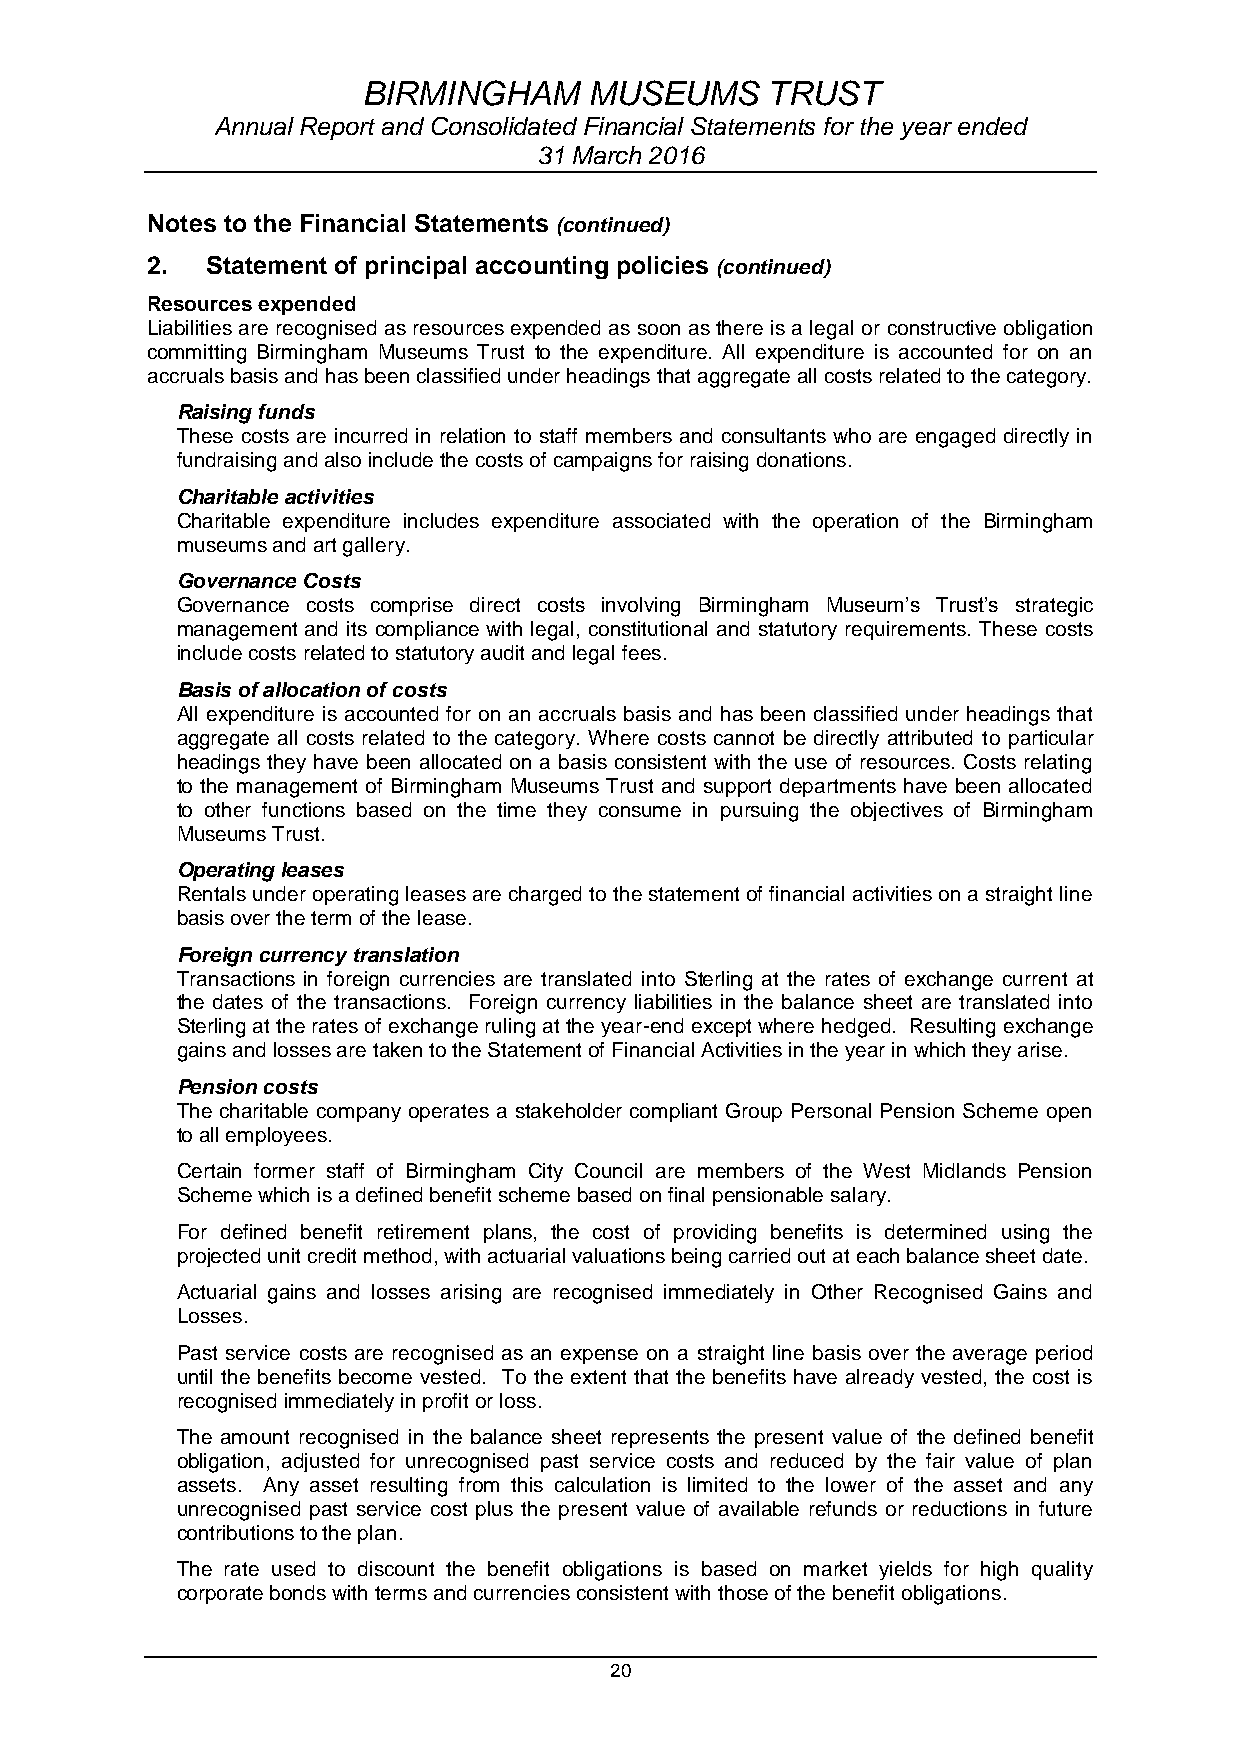
BIRMINGHAM     MUSEUMS     TRUST
 Annual Report and Consolidated Financial Statements for the year ended
 31 March 2016
 Notes to the Financial Statements (continued)
 2.  Statement of principal accounting policies (continued)
 Resources expended
 Liabilities are recognised as resources expended as soon as there is a legal or constructive obligation
 committing Birmingham Museums Trust to the expenditure. All expenditure is accounted for on an
 accruals basis and has been classified under headings that aggregate all costs related to the category.
 Raising funds
 These costs are incurred in relation to staff members and consultants who are engaged directly in
 fundraising and also include the costs of campaigns for raising donations.
 Charitable activities
 Charitable expenditure includes expenditure associated with the operation of the Birmingham
 museums and art gallery.
 Governance Costs
 Governance costs comprise direct costs involving Birmingham Museum’s Trust’s strategic
 management and its compliance with legal, constitutional and statutory requirements. These costs
 include costs related to statutory audit and legal fees.
 Basis of allocation of costs
 All expenditure is accounted for on an accruals basis and has been classified under headings that
 aggregate all costs related to the category. Where costs cannot be directly attributed to particular
 headings they have been allocated on a basis consistent with the use of resources. Costs relating
 to the management of Birmingham Museums Trust and support departments have been allocated
 to other functions based on the time they consume in pursuing the objectives of Birmingham
 Museums Trust.
 Operating leases
 Rentals under operating leases are charged to the statement of financial activities on a straight line
 basis over the term of the lease.
 Foreign currency translation
 Transactions in foreign currencies are translated into Sterling at the rates of exchange current at
 the dates of the transactions. Foreign currency liabilities in the balance sheet are translated into
 Sterling at the rates of exchange ruling at the year-end except where hedged. Resulting exchange
 gains and losses are taken to the Statement of Financial Activities in the year in which they arise.
 Pension costs
 The charitable company operates a stakeholder compliant Group Personal Pension Scheme open
 to all employees.
 Certain former staff of Birmingham City Council are members of the West Midlands Pension
 Scheme which is a defined benefit scheme based on final pensionable salary.
 For defined benefit retirement plans, the cost of providing benefits is determined using the
 projected unit credit method, with actuarial valuations being carried out at each balance sheet date.
 Actuarial gains and losses arising are recognised immediately in Other Recognised Gains and
 Losses.
 Past service costs are recognised as an expense on a straight line basis over the average period
 until the benefits become vested. To the extent that the benefits have already vested, the cost is
 recognised immediately in profit or loss.
 The amount recognised in the balance sheet represents the present value of the defined benefit
 obligation, adjusted for unrecognised past service costs and reduced by the fair value of plan
 assets. Any asset resulting from this calculation is limited to the lower of the asset and any
 unrecognised past service cost plus the present value of available refunds or reductions in future
 contributions to the plan.
 The rate used to discount the benefit obligations is based on market yields for high quality
 corporate bonds with terms and currencies consistent with those of the benefit obligations.
 20